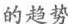
的趋势